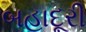
બહાદૂરી